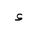
Letter: _hamza